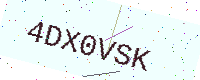
Text: 4DX0VSK